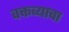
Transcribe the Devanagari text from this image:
वक्तव्याचा